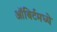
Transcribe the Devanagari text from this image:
ऑबिर्टमध्ये